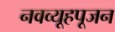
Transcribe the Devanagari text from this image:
नवव्यूहपूजन